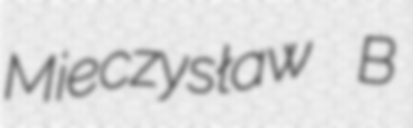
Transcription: Mieczysław B